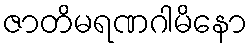
ဇာတိမရဏဂါမိနော